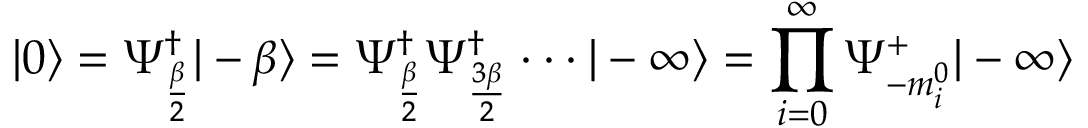
| 0 \rangle = \Psi _ { \frac { \beta } { 2 } } ^ { \dagger } | - \beta \rangle = \Psi _ { \frac { \beta } { 2 } } ^ { \dagger } \Psi _ { \frac { 3 \beta } { 2 } } ^ { \dagger } \cdot \cdot \cdot | - \infty \rangle = \prod _ { i = 0 } ^ { \infty } \Psi _ { - m _ { i } ^ { 0 } } ^ { + } | - \infty \rangle